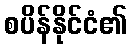
စပိန်နိုင်ငံ၏